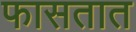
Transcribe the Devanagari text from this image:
फासतात